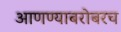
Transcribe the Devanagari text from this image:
आणण्याबरोबरच